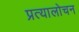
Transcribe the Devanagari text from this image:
प्रत्यालोचन